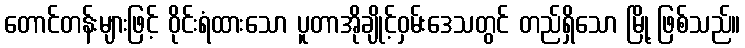
တောင်တန်းများဖြင့် ဝိုင်းရံထားသော ပူတာအိုချိုင့်ဝှမ်းဒေသတွင် တည်ရှိသော မြို့ ဖြစ်သည်။